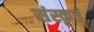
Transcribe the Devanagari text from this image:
संस्कृतं